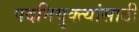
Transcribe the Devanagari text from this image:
पदनियुक्त्यांसाठी